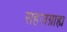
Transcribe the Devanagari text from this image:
सहजग्राह्य